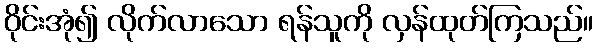
ဝိုင်းအုံ၍ လိုက်လာသော ရန်သူကို လှန်ထုတ်ကြသည်။